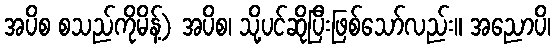
အပိစ စသည်ကိုမိန့်) အပိစ၊ သို့ပင်ဆိုပြီးဖြစ်သော်လည်း။ အညောပိ၊